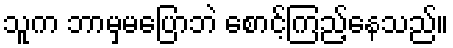
သူက ဘာမှမပြောဘဲ စောင့်ကြည့်နေသည်။